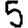
Digit: 5